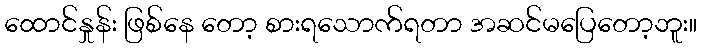
ထောင်နှုန်း ဖြစ်နေ တော့ စားရသောက်ရတာ အဆင်မပြေတော့ဘူး။